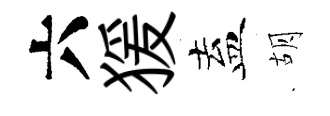
六猨盍胡